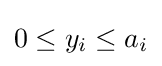
0\leq y_{i}\leq a_{i}